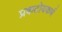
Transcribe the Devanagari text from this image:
प्रकटोयकर्ण